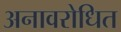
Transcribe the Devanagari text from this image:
अनावरोधित